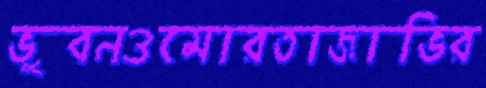
ভুবনওমোরতাজাভির